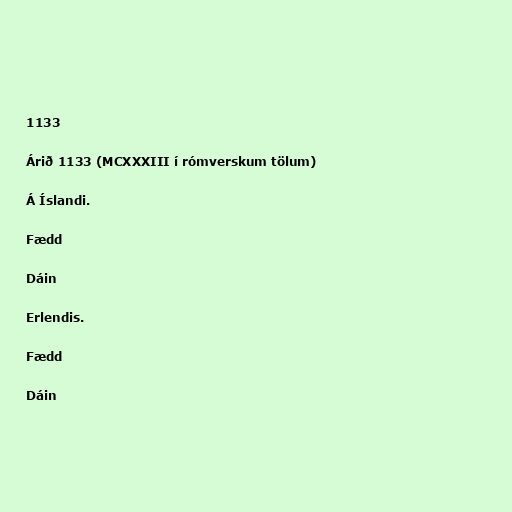
1133

Árið 1133 (MCXXXIII í rómverskum tölum)

Á Íslandi.

Fædd

Dáin

Erlendis.

Fædd

Dáin